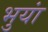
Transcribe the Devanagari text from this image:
भुयां